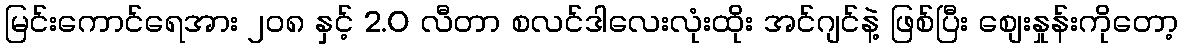
မြင်းကောင်ရေအား ၂ဝ၈ နှင့် 2.0 လီတာ စလင်ဒါလေးလုံးထိုး အင်ဂျင်နဲ့ ဖြစ်ပြီး စျေးနှုန်းကိုတော့